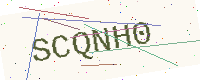
Text: SCQNH0